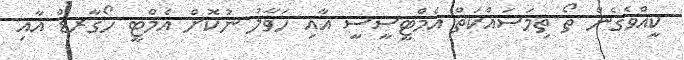
ކީއްވެގެން ތޯ ތިމަސައްކަތް އެމްޓީސީސީ އާއި ހަވާލު ނުކޮށް އެމްޓީ ހޯގާރޑް އާއި